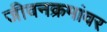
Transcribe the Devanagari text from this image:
जीवनक्रमांवर